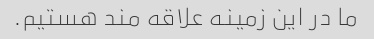
ما در این زمینه علاقه مند هستیم.